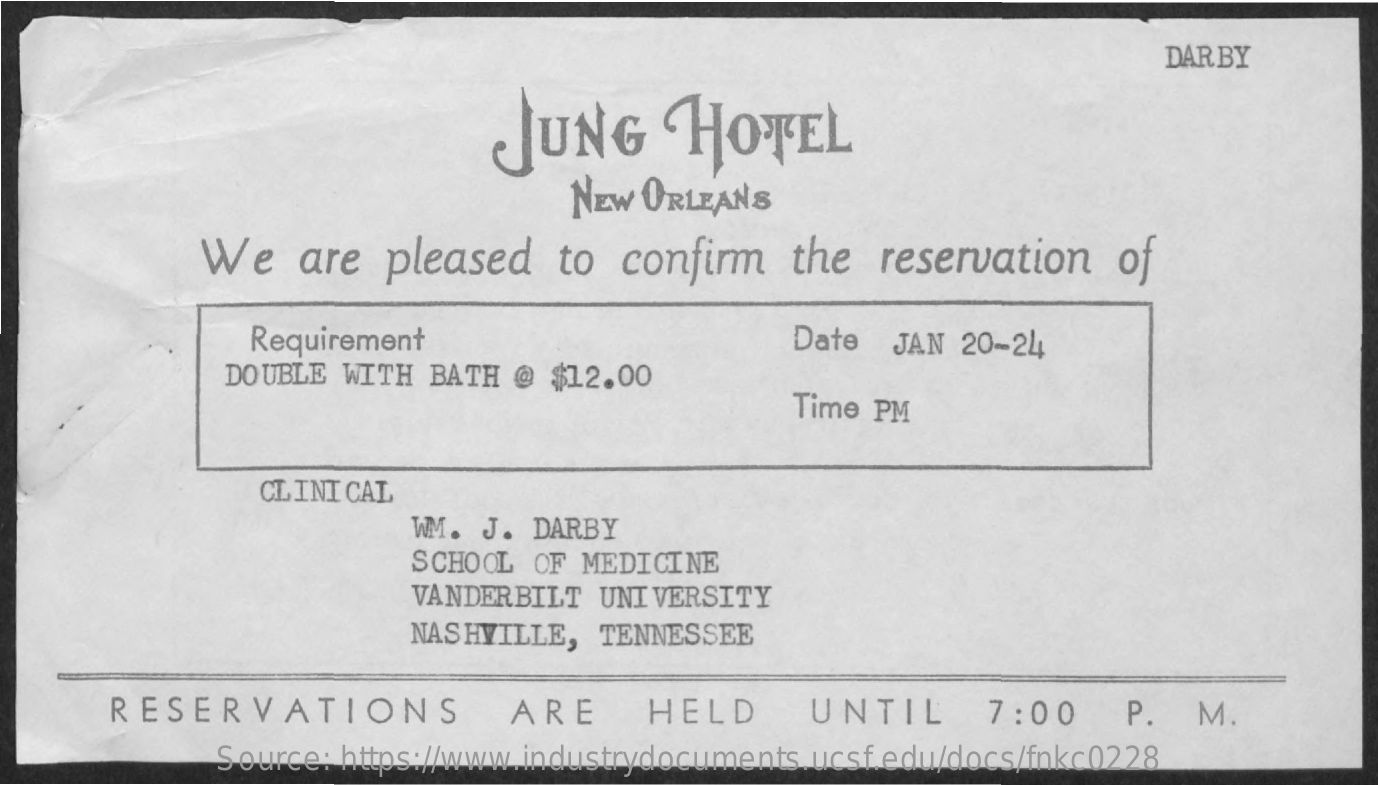
DARBY
     JUNG    HOTEL
     NEW ORLEANS
     We    are  pleased    to  confirm   the   reservation    of
     Requirement    Date  JAN 20-24
     DOUBLE  WITH BATH @  $12.00
     Time PM
     CLINICAL
     WM. J. DARBY
     SCHOOL  OF MEDICINE
     VANDERBILT  UNIVERSITY
     NASHVILLE,  TENNESSEE
     RESERVATIONS    ARE    HELD    UNTIL    P.  M.
     Source: https://www.industrydocuments.ucsf.edu/docs/fnkc0228